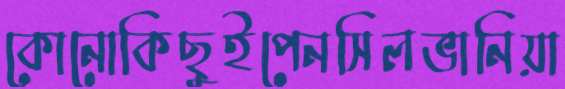
কোনোকিছুইপেনসিলভানিয়া